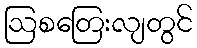
ဩစတြေးလျတွင်